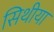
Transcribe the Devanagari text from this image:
सिथीया